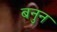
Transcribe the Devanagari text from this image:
बनुन